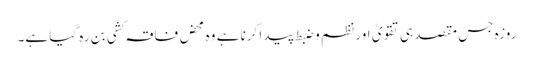
روزہ جس مقصد ہی تقویٰ اور نظم و ضبط پیدا کرنا ہے وہ محض فاقہ کشی بن رہ گیا ہے۔